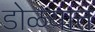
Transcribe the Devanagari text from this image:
डोळयात